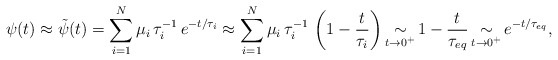
\begin{align*}\begin{array}{lll}\psi(t) \displaystyle \approx \tilde{\psi}(t)=\sum\limits_{i=1}^N \mu_{i}\,\tau_{i}^{-1}\,e^{-t/\tau_{i}}\approx \sum\limits_{i=1}^N \mu_{i}\,\tau_{i}^{-1}\,\left(1 - \frac{t}{\tau_{i}}\right)\mathop{\sim}\limits_{t\rightarrow 0^+} 1 - \frac{t}{\tau_{eq}}\mathop{\sim}\limits_{t\rightarrow 0^+} e^{-t/\tau_{eq}},\end{array}\end{align*}